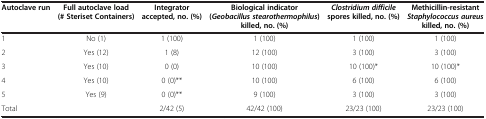
| Autoclave run | Full autoclave load (# Steriset Containers) | Integrator accepted, no. (%) | Biological indicator ( Geobacillus stearothermophilus ) killed, no. (%) | Clostridium difficile spores killed, no. (%) | Methicillin-resistant Staphylococcus aureus killed, no. (%) |
 | --- | --- | --- | --- | --- | --- |
 | 1 | No (1) | 1 (100) | 1 (100) | 1 (100) | 1 (100) |
 | 2 | Yes (12) | 1 (8) | 12 (100) | 3 (100) | 3 (100) |
 | 3 | Yes (10) | 0 (0) | 10 (100) | 10 (100)* | 10 (100)* |
 | 4 | Yes (10) | 0 (0)** | 10 (100) | 6 (100) | 6 (100) |
 | 5 | Yes (9) | 0 (0)** | 9 (100) | 3 (100) | 3 (100) |
 | Total |  | 2/42 (5) | 42/42 (100) | 23/23 (100) | 23/23 (100) |